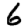
Digit: 6